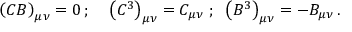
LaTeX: \left( C B \right) _ { \mu \nu } = 0 \, ; \; \; \; \; \left( C ^ { 3 } \right) _ { \mu \nu } = C _ { \mu \nu } \; ; \; \; \left( B ^ { 3 } \right) _ { \mu \nu } = - B _ { \mu \nu } \, .